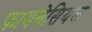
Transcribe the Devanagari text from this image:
फायनेसियल